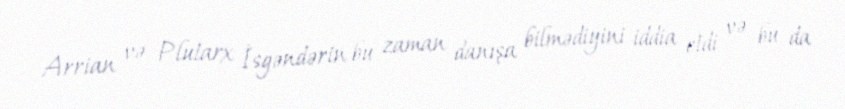
Arrian və Plutarx İsgəndərin bu zaman danışa bilmədiyini iddia etdi və bu da